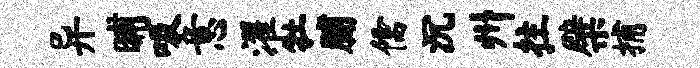
异晡吸意濯牡脯儒沉州拄檗捕